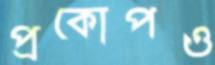
প্রকোপও